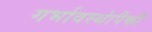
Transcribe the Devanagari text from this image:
गर्भावस्थांपैकी